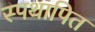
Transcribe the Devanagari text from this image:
स्पथापित